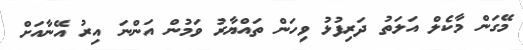
މޭގަން މާކެލް އަލަތު ދަރިފުޅު ވިހަން ތައްޔާރު ވަމުން އަންނަ އިރު އޭނާއަށް